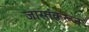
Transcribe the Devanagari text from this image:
जास्तंकरून